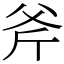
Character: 斧